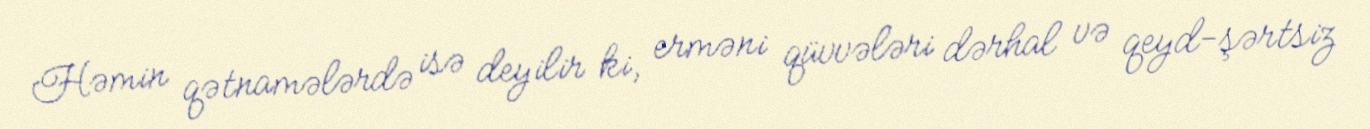
Həmin qətnamələrdə isə deyilir ki, erməni qüvvələri dərhal və qeyd-şərtsiz